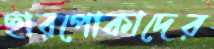
ছারপোকাদের